Vaccination United Provinces of Agra and Oudh 1914-1922 - 1914-1922
Year: 1914
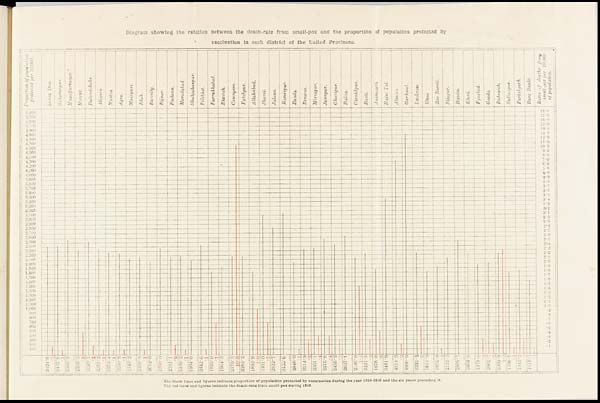
Diagram showing the relation between the death-rate from small-pox and the proportion of population protected by
vaccination in each district of the United Provinces.
The black lines and figures indicate proportion of population protected by vaccination during the year 1918-1919 and the six years preceding it.
The red lines and figures indicate the death-rate from small-pox during 1918.